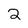
Character: 2